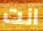
انت